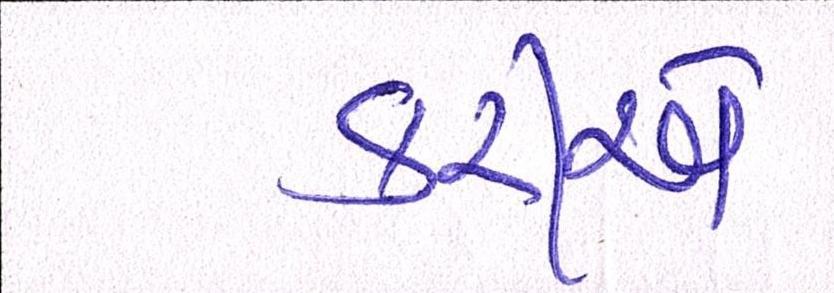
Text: કરીએ